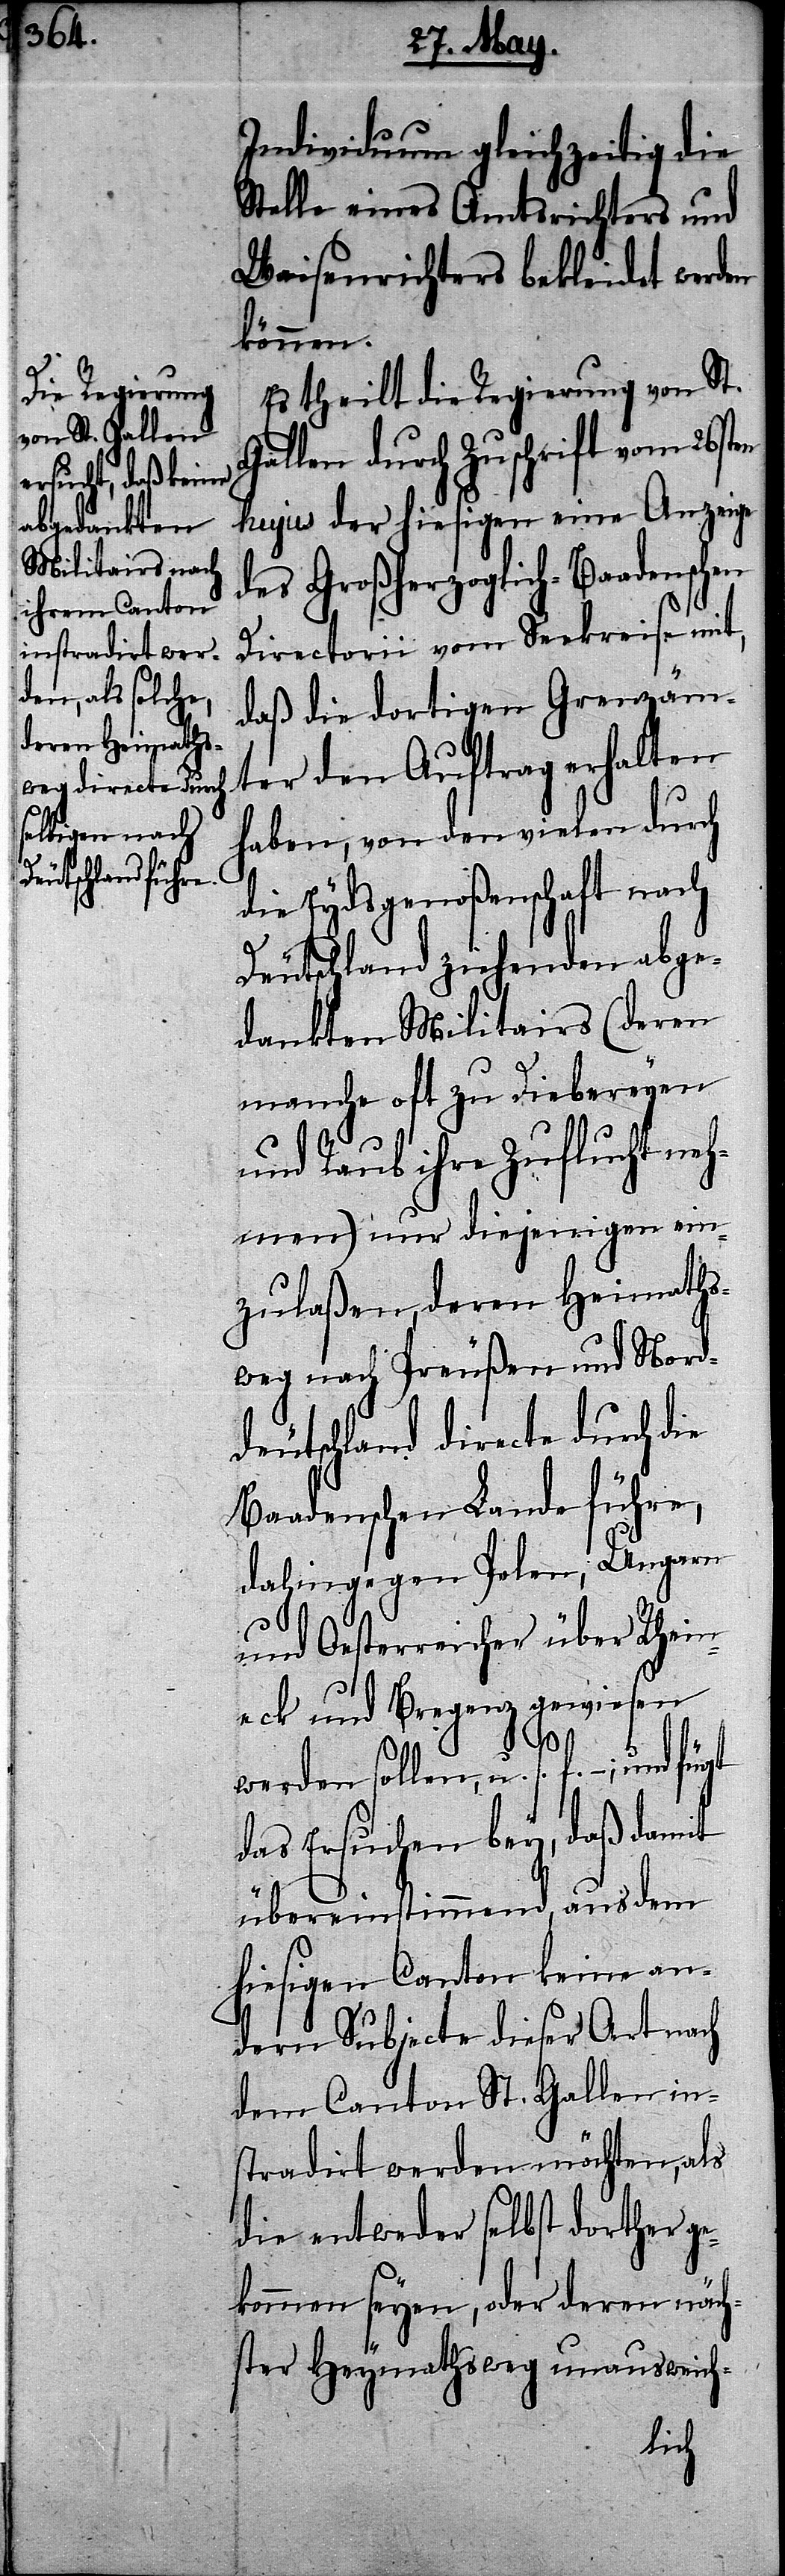
Individuum gleichzeitig die
Stelle eines Amtsrichters und
Waisenrichters bekleidet werden
können.
Es theilt die Regierung von St.
Gallen durch Zuschrift vom 26sten
hujus der hiesigen eine Anzeige
des Großherzoglich-Baadenschen
Directorii vom Seekreise mit,
daß die dortigen Grenzäm¬
ter den Auftrag erhalten
haben, von den vielen durch
die Eydsgenoßenschaft nach
Deutschland ziehenden abge¬
dankten Militairs (deren
manche oft zu Diebereyen
und Raub ihre Zuflucht neh¬
men) nur diejenigen ein¬
zulaßen, deren Heimaths¬
weg nach Preußen und Nord¬
deutschland directe durch die
Baadenschen Lande führe,
dahingegen Polen, Ungarn
und Oesterreicher über Rhein¬
eck und Bregenz gewiesen
werden sollen, u. s. f. – ; und
das Ersuchen bey, daß damit
übereinstimmend, aus dem
hiesigen Canton keine an¬
dern Subjecte dieser Art nach
dem Canton St. Gallen in¬
stradirt werden möchten, als
die entweder selbst dorther g¬
ekommen seyen, oder deren näch¬
ster Heymathsweg unausweich-